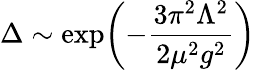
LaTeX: \Delta\sim\exp\biggl(-{\frac{3\pi^{2}\Lambda^{2}}{2\mu^{2}g^{2}}}\biggr)